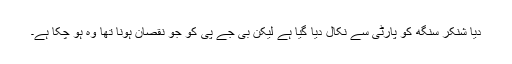
دیا شنکر سنگھ کو پارٹی سے نکال دیا گیا ہے لیکن بی جے پی کو جو نقصان ہونا تھا وہ ہو چکا ہے۔